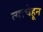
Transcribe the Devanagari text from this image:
त्याचेहून